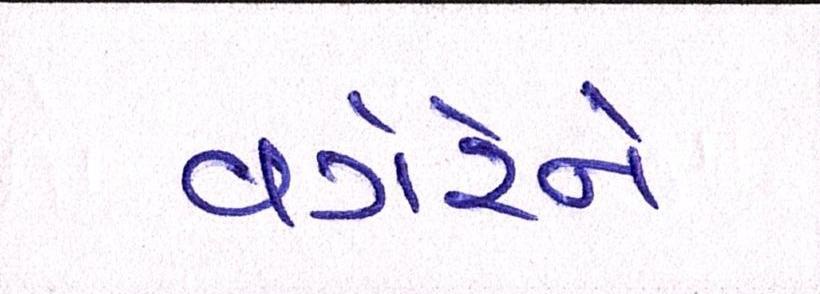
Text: વગેરેને